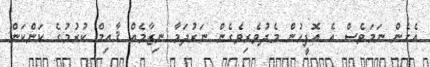
އެހެން ނަމަވެސް އެ އޮފީހުން މެދުވެރިވެގެން ނަރުދަމާ ނިޒާމެއް ޤާއިމް ކުރުމުގެ ކަންކަން